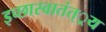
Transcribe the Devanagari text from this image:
इच्छास्वातंत््रय